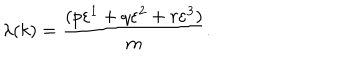
LaTeX: \lambda ( k ) = \frac { ( p \varepsilon ^ { 1 } + q \varepsilon ^ { 2 } + r \varepsilon ^ { 3 } ) } { m } .